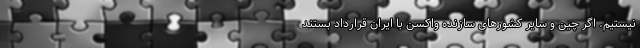
نیستیم. اگر چین و سایر کشورهای سازنده واکسن با ایران قرارداد بستند